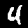
Digit: 4